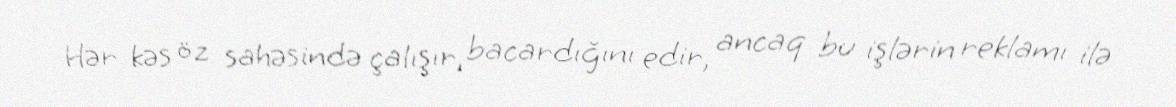
Hər kəs öz sahəsində çalışır, bacardığını edir, ancaq bu işlərin reklamı ilə